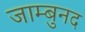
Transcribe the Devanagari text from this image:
जाम्बुनद